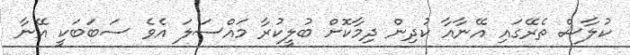
ކުލާސް ތެރޭގައި އޭނާއާ ކުދިން ދިމާކޮށް ބުލީކުރާ މައްސަލަ އެވެ ސަބަބަކީ އޭނާ